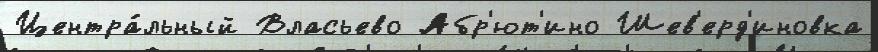
Центра́льный Власьево Абр'ют'ино Шев'ерд'иновка